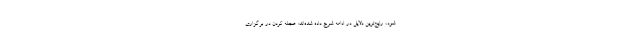
شود، رایج‌ترین دلایل در ادامه شرح داده شده‌اند: عجله کردن در برگزاری